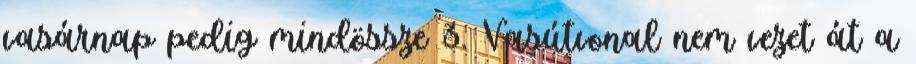
vasárnap pedig mindössze 3. Vasútvonal nem vezet át a